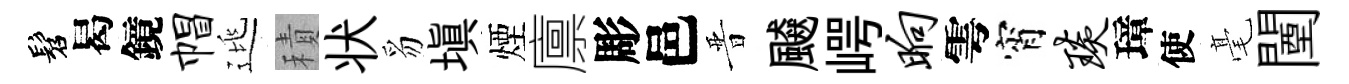
髫曷鏡帽逃積状豸塡煙廪彫邑晋飇崿晌雩宵琰璋使毫闉